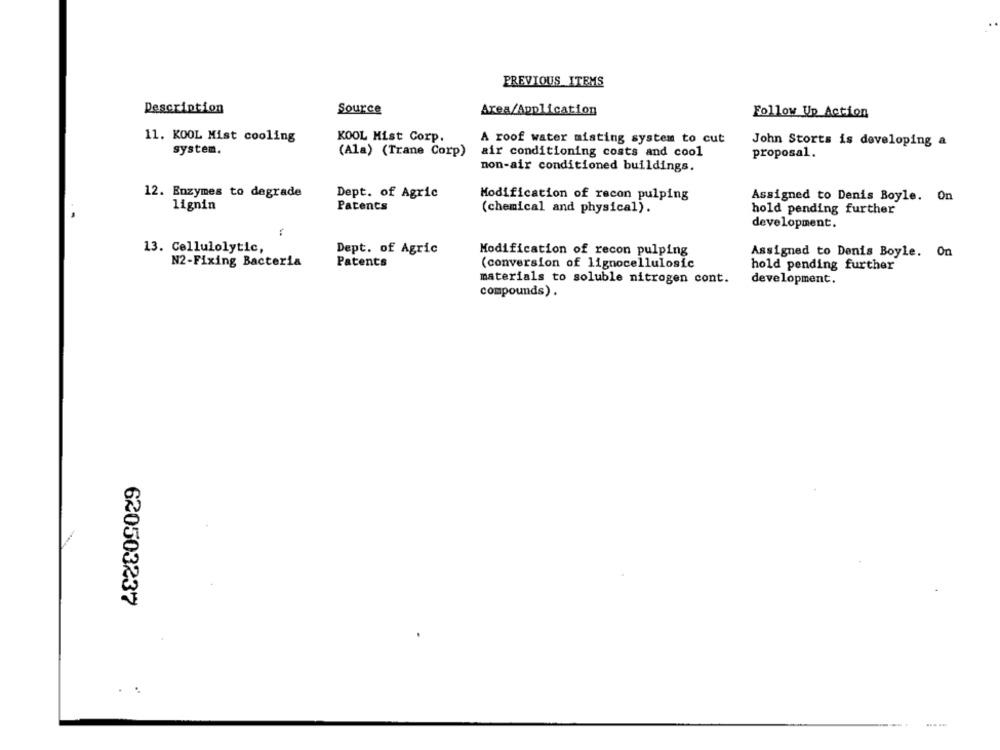
PREVIOUS_ITEMS
Description
Source
Area/Application
Follow Up Action
11. KOOL Mist cooling
KOOL Mist Corp.
A roof water misting system to cut
John Storts is developing a
system.
(Ala) (Trane Corp)
air conditioning costs and cool
proposal.
non-air conditioned buildings.
12. Enzymes to degrade
Dept. of Agric
Modification of recon pulping
Assigned to Denis Boyle. On
lignin
Patents
(chemical and physical).
hold pending further
development.
13. Cellulolytic,
Dept. of Agric
Modification of recon pulping
Assigned to Denis Boyle. On
N2-Fixing Bacteria
Patents
(conversion of lignocellulosic
hold pending further
materials to soluble nitrogen cont.
development.
compounds) .
620503237
. .